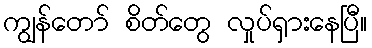
ကျွန်တော် စိတ်တွေ လှုပ်ရှားနေပြီ။